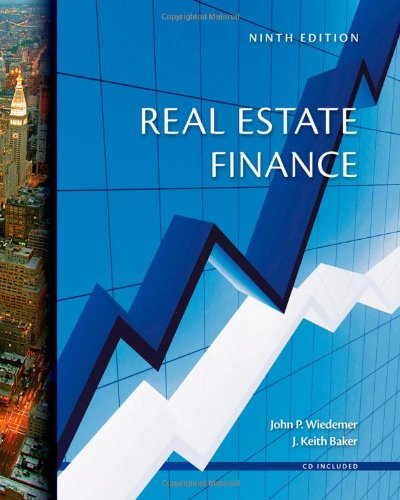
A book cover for Real Estate Finance; John P. Wiedemer; Business & Money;